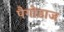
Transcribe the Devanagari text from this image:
पैगोडाज